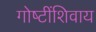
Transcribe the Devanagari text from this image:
गोष्‍टींशिवाय